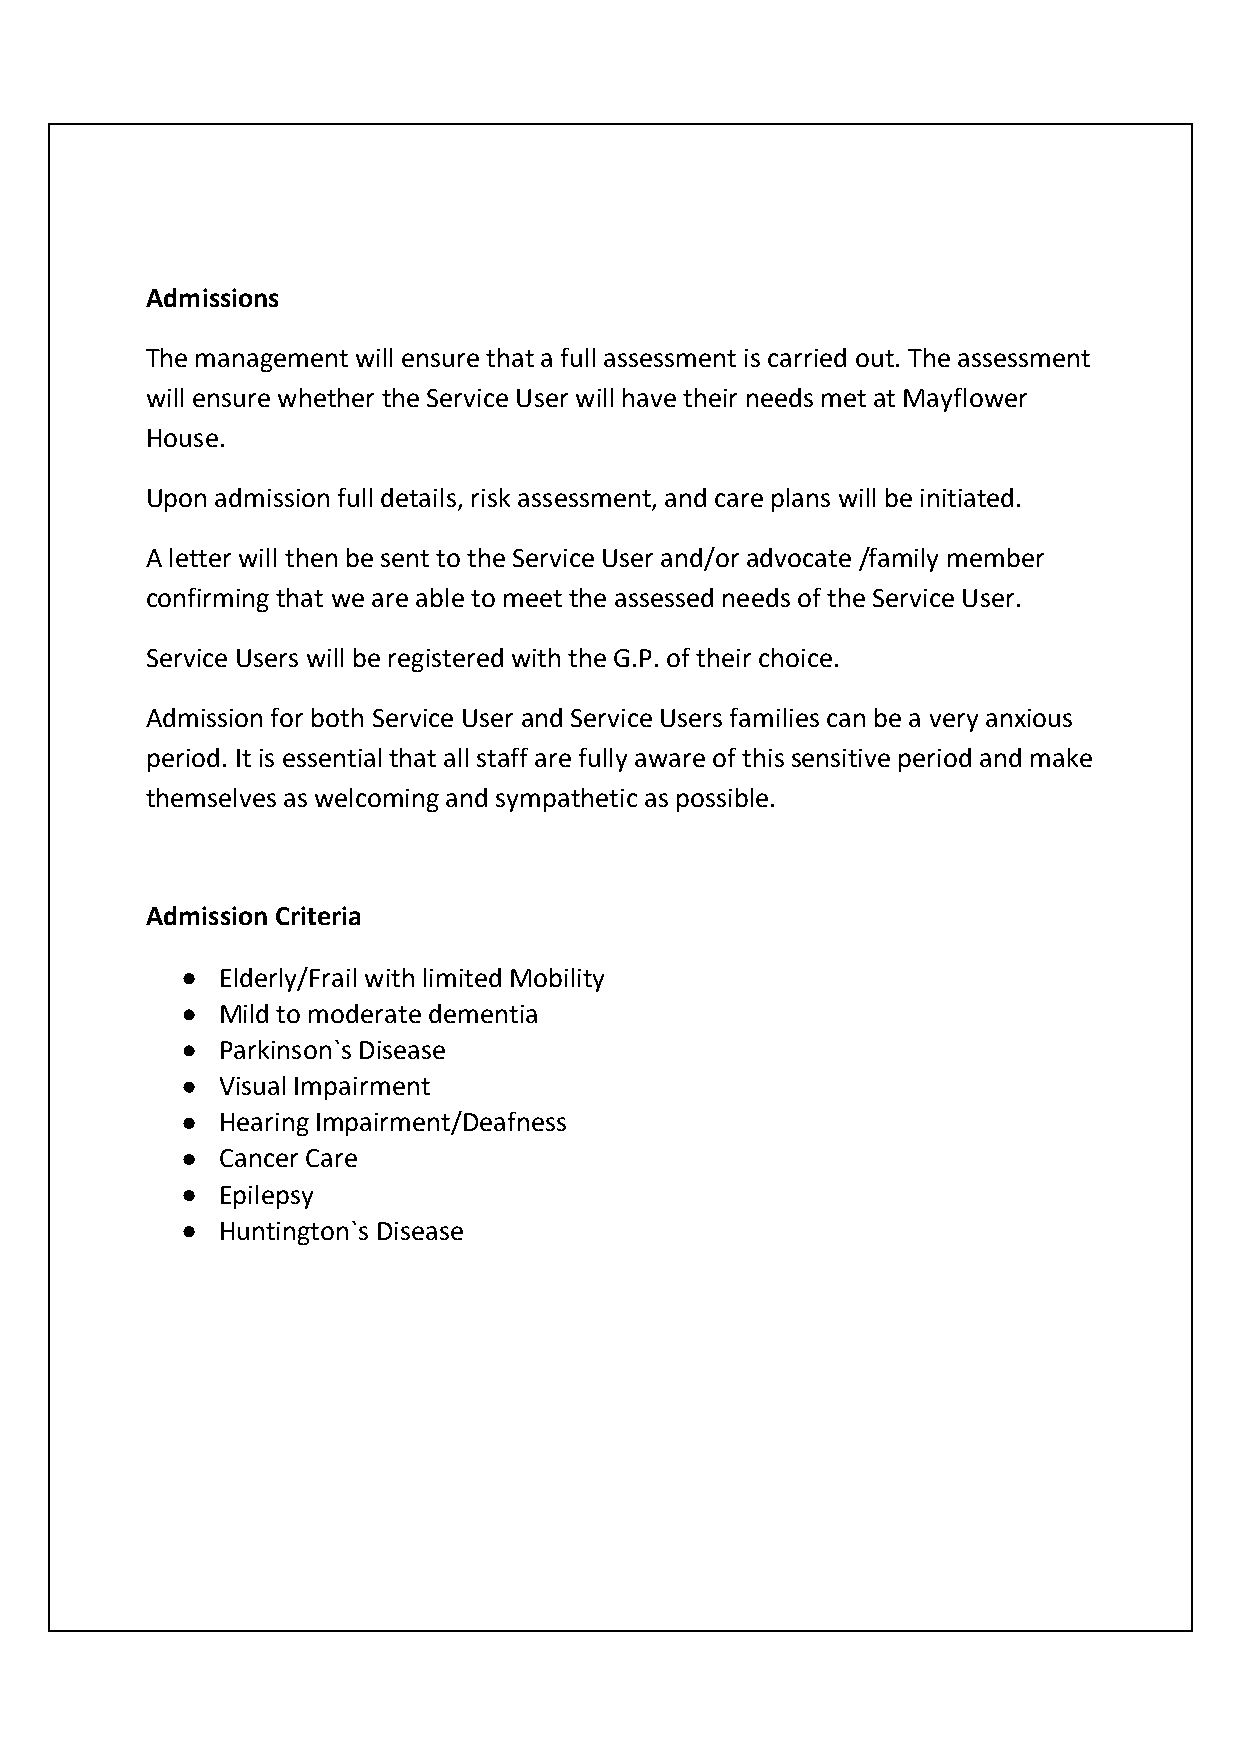
Admissions
 The management will ensure that a full assessment is carried out. The assessment
 will ensure whether the Service User will have their needs met at Mayflower
 House.
 Upon admission full details, risk assessment, and care plans will be initiated.
 A letter will then be sent to the Service User and/or advocate /family member
 confirming that we are able to meet the assessed needs of the Service User.
 Service Users will be registered with the G.P. of their choice.
 Admission for both Service User and Service Users families can be a very anxious
 period. It is essential that all staff are fully aware of this sensitive period and make
 themselves as welcoming and sympathetic as possible.
 Admission Criteria
  Elderly/Frail with limited Mobility
  Mild to moderate dementia
  Parkinson`s Disease
  Visual Impairment
  Hearing Impairment/Deafness
  Cancer Care
  Epilepsy
  Huntington`s Disease